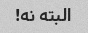
البته نه!